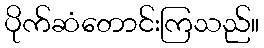
ပိုက်ဆံတောင်းကြသည်။